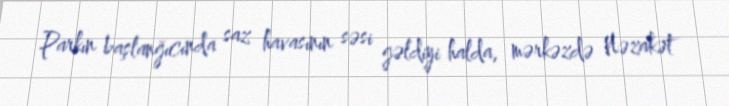
Parkın başlanğıcında saz havasının səsi gəldiyi halda, mərkəzdə Nəzakət